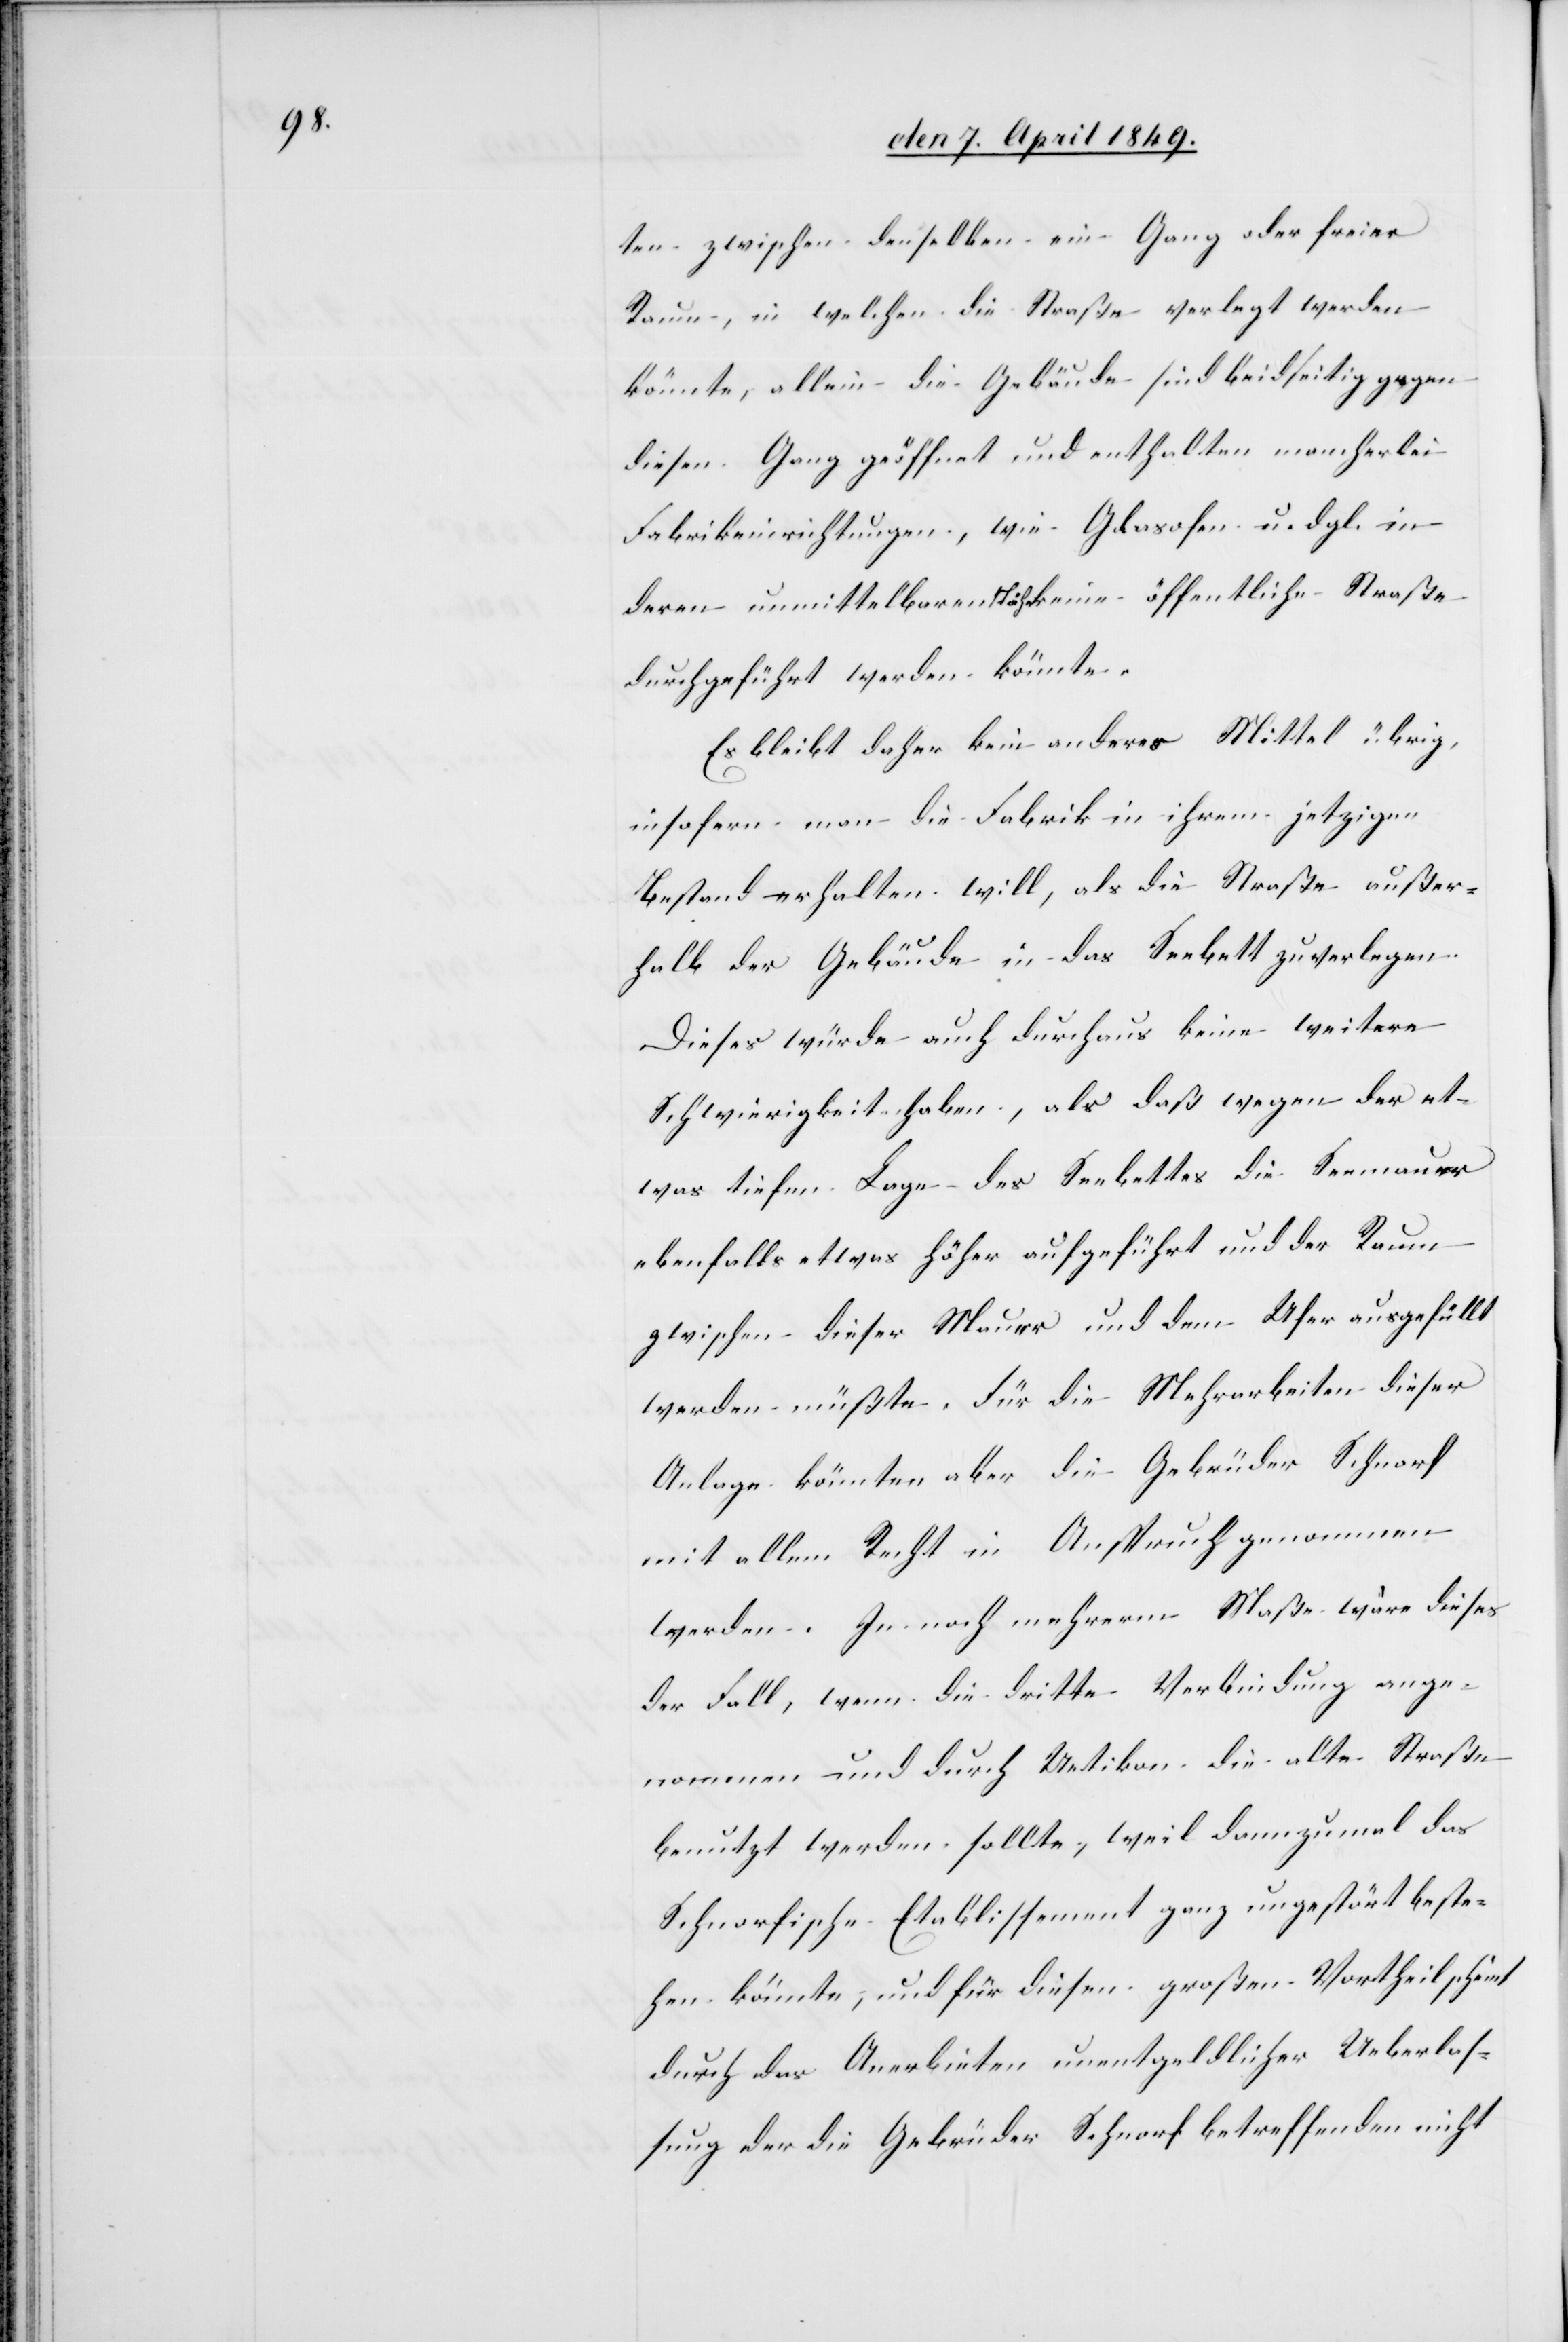
ten zwischen denselben ein Gang oder freier
Raum, in welchen die Straße verlegt werden
könnte, allein die Gebäude sind beidseitig gegen
diesen Gang geöffnet und enthalten mancherlei
Fabrikeinrichtungen, wie Glasofen u. dgl. in
deren unmittelbaren Nähe keine öffentliche Straße
durchgeführt werden könnte.
Es bleibt daher kein anderes Mittel übrig,
insofern man die Fabrik in ihrem jetzigen
Bestand erhalten will, als die Straße außer¬
halb der Gebäude in das Seebett zu verlegen.
Dieses würde auch durchaus keine weitere
Schwierigkeit haben, als daß wegen der et¬
was tiefen Lage des Seebettes die Seemauer
ebenfalls etwas höher aufgeführt und der Raum
zwischen dieser Mauer und dem Ufer ausgefällt
werden müßte. Für die Mehrarbeiten dieser
Anlage könnten aber die Gebrüder Schnorf
mit allem Recht in Anspruch genommen
werden. In noch mehrerm Maße wäre dieses
der Fall, wenn die dritte Verbindung ange¬
nommen und durch Uetikon die alte Straße
benutzt werden sollte, weil dannzumal das
Schnorfische Etablissement ganz ungestört beste¬
hen könnte, und für diesen großen Vortheil scheint
durch das Anerbieten unentgeldlicher Ueberlas¬
sung der die Gebrüder Schnorf betreffenden nicht